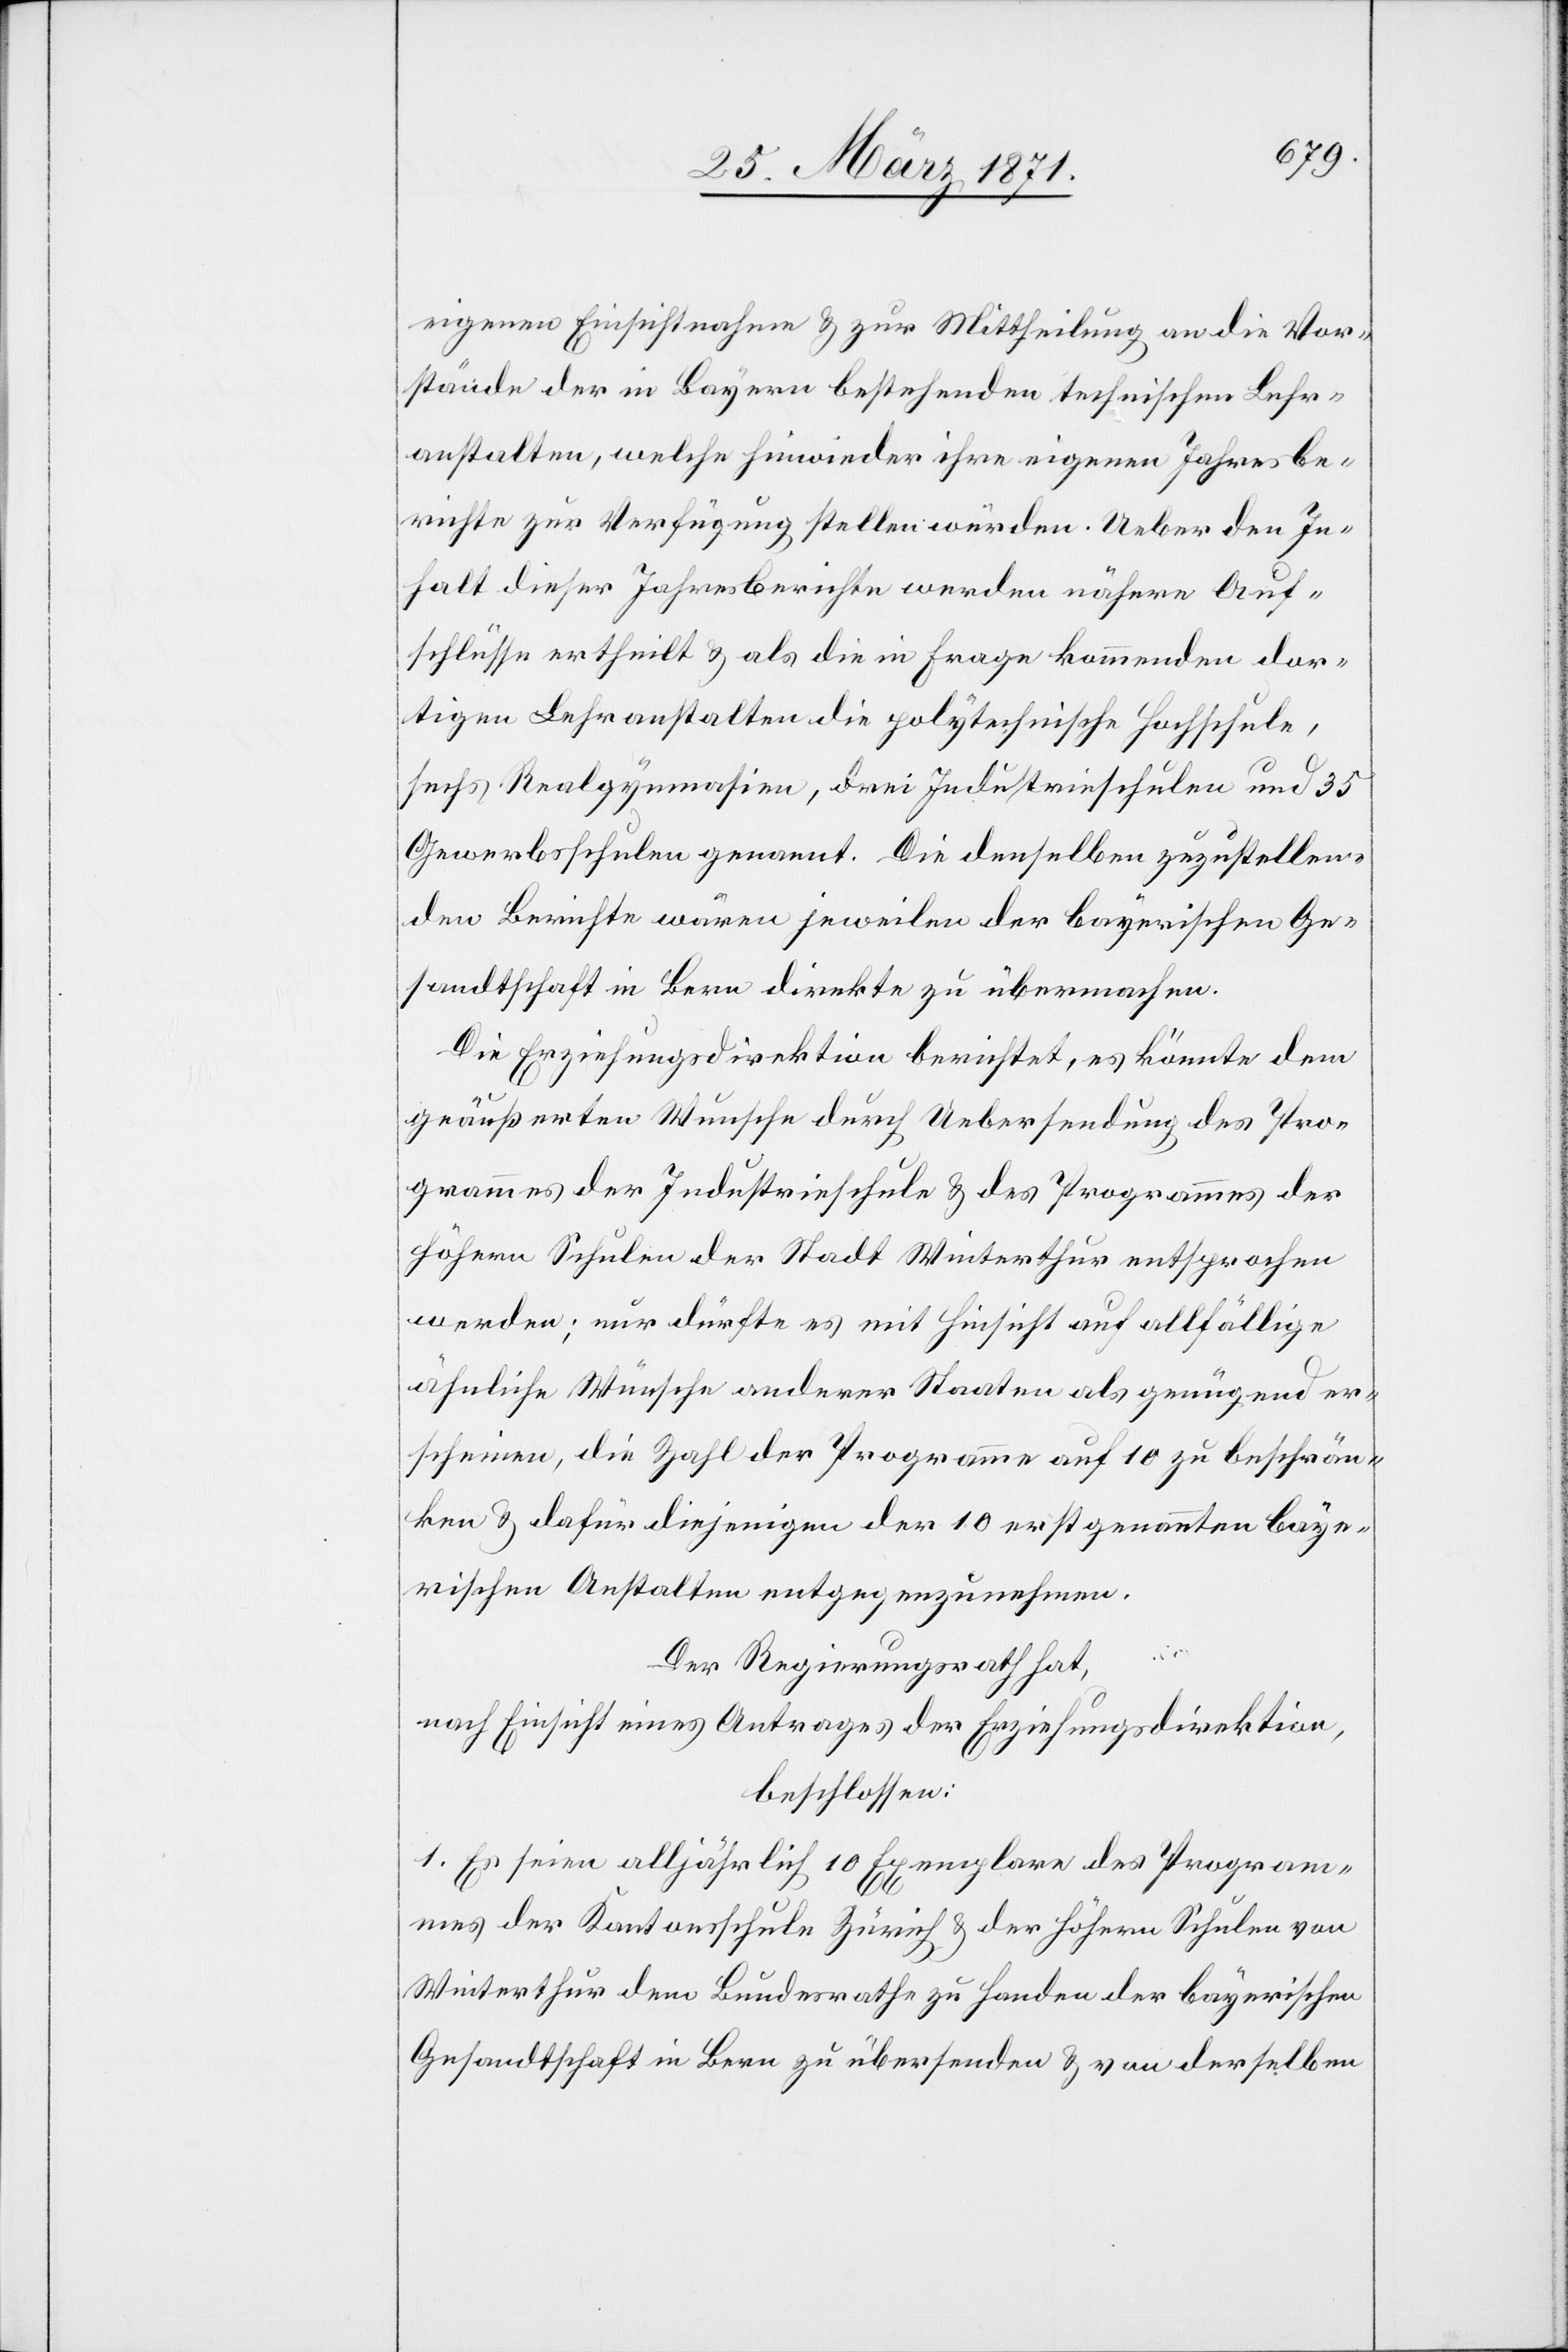
eigenen Einsichtnahme u. zur Mittheilung an die Vor¬
stände der in Bayern bestehenden technischen Lehr¬
anstalten, welche hinwieder ihre eigenen Jahresbe¬
richte zur Verfügung stellen würden. Ueber den In¬
halt dieser Jahresberichte werden nähere Auf¬
schlüsse ertheilt u. als die in Frage kommenden dor¬
tigen Lehranstalten die polytechnische Hochschule,
sechs Realgymnasien, drei Industrieschulen und 35
Gewerbsschulen genannt. Die denselben zuzustellen¬
den Berichte wären jeweilen der bayerischen Ge¬
sandtschaft in Bern direkt zu übermachen.
Die Erziehungsdirektion berichte, es könnte dem
geäußerten Wunsche durch Uebersendung des Pro¬
grammes der Industrieschule u. des Programmes der
höhern Schulen der Stadt Winterthur entsprochen
werden; nur dürfte es mit Hinsicht auf allfällige
ähnliche Wünsche anderer Staaten als genügend er¬
scheinen, die Zahl der Programme auf 10 zu beschrän¬
ken u. dafür diejenigen der 10 erstgenannten baye¬
rischen Anstalten entgegenzunehmen.
Der Regierungsrath hat,
nach Einsicht eines Antrages der Erziehungsdirektion,
beschlossen:
1. Es seien alljährlich 10 Exemplare des Program¬
mes der Kantonsschule Zürich u. der höhern Schulen von
Winterthur dem Bundesrathe zu Handen der bayerischen
Gesandtschaft in Bern zu übersenden u. von derselben